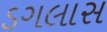
ડગલાસ